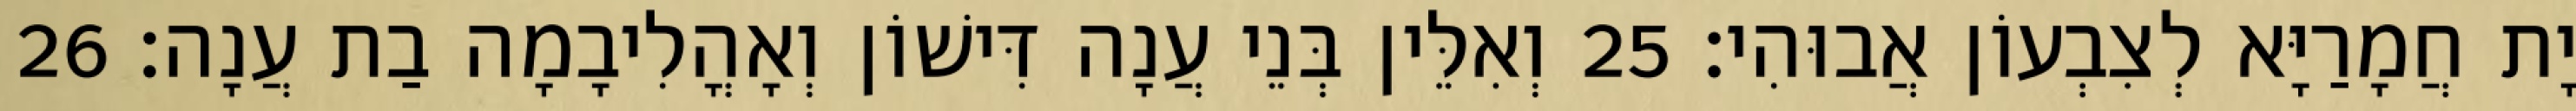
יָת חֲמָרַיָּא לְצִבְעוֹן אֲבוּהִי׃ 25 וְאִלֵּין בְּנֵי עֲנָה דִּישׁוֹן וְאָהֳלִיבָמָה בַת עֲנָה׃ 26